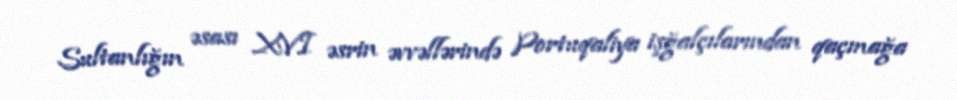
Sultanlığın əsası XVI əsrin əvvəllərində Portuqaliya işğalçılarından qaçmağa